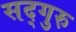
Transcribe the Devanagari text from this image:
सद्‍गुरु